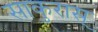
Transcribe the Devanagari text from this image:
साकुरास्